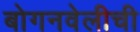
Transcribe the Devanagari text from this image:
बोगनवेलीची